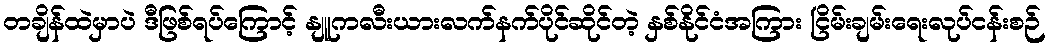
တချိန်ထဲမှာပဲ ဒီဖြစ်ရပ်ကြောင့် နျူကလီးယားလက်နက်ပိုင်ဆိုင်တဲ့ နှစ်နိုင်ငံအကြား ငြိမ်းချမ်းရေးလုပ်ငန်းစဉ်